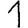
Digit: 1